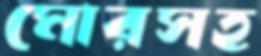
মোরসহ